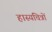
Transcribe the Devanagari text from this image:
हास्यचित्रों